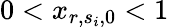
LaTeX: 0<x_{r,s_{i},0}<1